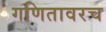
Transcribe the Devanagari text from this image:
गणितावरच